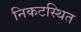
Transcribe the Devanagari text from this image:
निकटस्थित